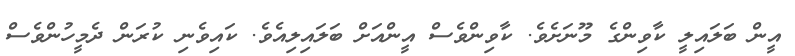
އީން ބަލައިލީ ކާވިންގެ މޫނަށެވެ. ކާވިންވެސް އީންއަށް ބަލައިލިއެވެ. ކައިވެނި ކުރަން ދެމީހުންވެސް